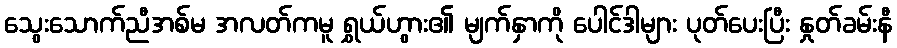
သွေးသောက်ညီအစ်မ အလတ်ကမူ ရွှယ်ဟွား၏ မျက်နှာကို ပေါင်ဒါများ ပုတ်ပေးပြီး နှုတ်ခမ်းနီ